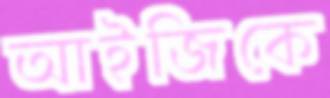
আইজিকে